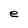
Character: e